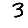
Digit: 3